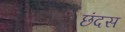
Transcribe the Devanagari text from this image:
छंदस